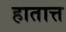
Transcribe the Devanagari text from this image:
हातात्त